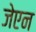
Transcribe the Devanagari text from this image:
जेएन